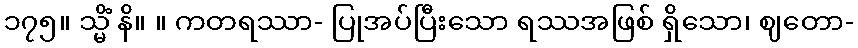
၁၇၅။ သ္မိံ နိ။ ။ ကတရဿာ- ပြုအပ်ပြီးသော ရဿအဖြစ် ရှိသော၊ ဈတော-